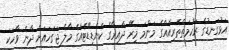
އަޅުގަނޑުގެ ރަހުމަތްތެރިއެއްގެެ މަންމަ މިރޭ ދާއިރާގެ ކެންޑިޑޭޓެއްގެ މާލެ ޖަގަހައަށް ދާނެ ވާހަކަ